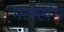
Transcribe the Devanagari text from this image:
मलखंभ